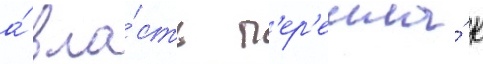
а́ вла́сть п'ер'ешла́ к